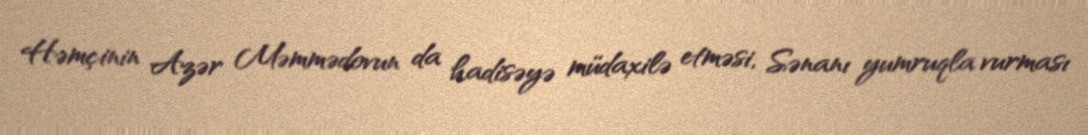
Həmçinin Azər Məmmədovun da hadisəyə müdaxilə etməsi, Sənanı yumruqla vurması